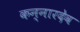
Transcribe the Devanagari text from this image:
कन्नारदेव